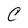
Character: C